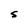
Character: S